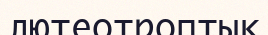
лютеотроптық